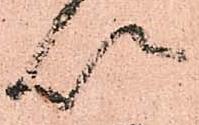
以